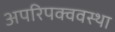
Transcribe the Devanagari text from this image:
अपरिपक्ववस्था